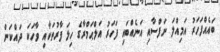
ބައެއްފަހަރު އަމިއްލަ ނަފްސާއި އަނެއްބައި ފަހަރު އަލްޙަމްރާގެ ހިލަ ފާރުތަކާއި ވާހަކަ ދައްކަން